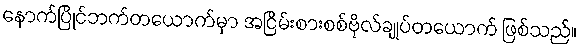
နောက်ပြိုင်ဘက်တယောက်မှာ အငြိမ်းစားစစ်ဗိုလ်ချုပ်တယောက် ဖြစ်သည်။